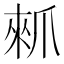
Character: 𰠁